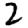
Digit: 2